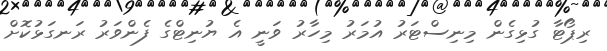
ރިޕޯޓާ ގުޅިގެން މިނިސްޓަރު އުމަރު މިހާރު ވަނީ އެ ޔުނިޓްގެ ފެންވަރު ރަނގަޅުކޮށް